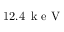
1 2 . 4 \, \mathrm { ~ k ~ e ~ V ~ }